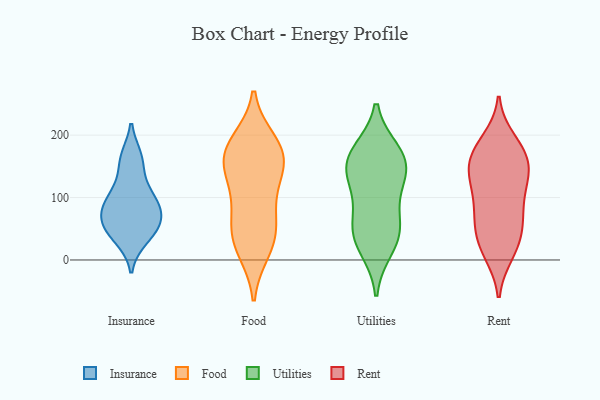
{"axis": {"x": "Conversion Rate (%)", "y": "Value"}, "legend": ["Food", "Insurance", "Rent", "Utilities"], "data": [{"x": "", "y": 43, "type": "Insurance"}, {"x": "", "y": 84, "type": "Insurance"}, {"x": "", "y": 59, "type": "Insurance"}, {"x": "", "y": 104, "type": "Insurance"}, {"x": "", "y": 164, "type": "Insurance"}, {"x": "", "y": 84, "type": "Insurance"}, {"x": "", "y": 55, "type": "Insurance"}, {"x": "", "y": 34, "type": "Insurance"}, {"x": "", "y": 74, "type": "Insurance"}, {"x": "", "y": 159, "type": "Insurance"}, {"x": "", "y": 114, "type": "Insurance"}, {"x": "", "y": 188, "type": "Food"}, {"x": "", "y": 178, "type": "Food"}, {"x": "", "y": 82, "type": "Food"}, {"x": "", "y": 160, "type": "Food"}, {"x": "", "y": 165, "type": "Food"}, {"x": "", "y": 40, "type": "Food"}, {"x": "", "y": 29, "type": "Food"}, {"x": "", "y": 58, "type": "Food"}, {"x": "", "y": 137, "type": "Food"}, {"x": "", "y": 119, "type": "Food"}, {"x": "", "y": 171, "type": "Food"}, {"x": "", "y": 17, "type": "Food"}, {"x": "", "y": 20, "type": "Utilities"}, {"x": "", "y": 156, "type": "Utilities"}, {"x": "", "y": 48, "type": "Utilities"}, {"x": "", "y": 160, "type": "Utilities"}, {"x": "", "y": 126, "type": "Utilities"}, {"x": "", "y": 111, "type": "Utilities"}, {"x": "", "y": 172, "type": "Utilities"}, {"x": "", "y": 43, "type": "Utilities"}, {"x": "", "y": 56, "type": "Utilities"}, {"x": "", "y": 159, "type": "Utilities"}, {"x": "", "y": 44, "type": "Rent"}, {"x": "", "y": 56, "type": "Rent"}, {"x": "", "y": 76, "type": "Rent"}, {"x": "", "y": 109, "type": "Rent"}, {"x": "", "y": 21, "type": "Rent"}, {"x": "", "y": 160, "type": "Rent"}, {"x": "", "y": 174, "type": "Rent"}, {"x": "", "y": 46, "type": "Rent"}, {"x": "", "y": 148, "type": "Rent"}, {"x": "", "y": 192, "type": "Rent"}, {"x": "", "y": 10, "type": "Rent"}, {"x": "", "y": 139, "type": "Rent"}, {"x": "", "y": 132, "type": "Rent"}, {"x": "", "y": 174, "type": "Rent"}, {"x": "", "y": 80, "type": "Rent"}, {"x": "", "y": 86, "type": "Rent"}, {"x": "", "y": 13, "type": "Rent"}, {"x": "", "y": 183, "type": "Rent"}, {"x": "", "y": 142, "type": "Rent"}, {"x": "", "y": 128, "type": "Rent"}]}